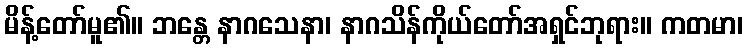
မိန့်တော်မူ၏။ ဘန္တေ နာဂသေနာ၊ နာဂသိန်ကိုယ်တော်အရှင်ဘုရား။ ကတမာ၊